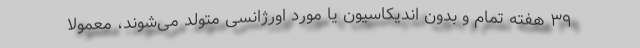
۳۹ هفته تمام و بدون اندیکاسیون یا مورد اورژانسی متولد می‌شوند، معمولا